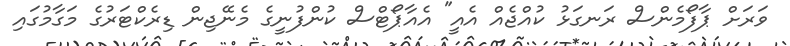
ވަރަށް ޕާފޯމެންސް ރަނގަޅު ކުއްޖެއް އެއީ" އެއާޕޯޓްސް ކުންފުނީގެ މެނޭޖިން ޑިރެކްޓަރުގެ މަގާމުގައި